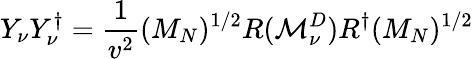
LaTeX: Y_{\nu}Y_{\nu}^{\dagger}=\frac{1}{v^{2}}(M_{N})^{1/2}R({\cal M}_{\nu}^{D})R^{\dagger}(M_{N})^{1/2}